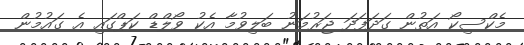
މެކްސިކޯ އަތުން ގަދަފަދަ ޖަރުމަނު ބަލިވުމާ އެކު ވޯލްޑް ކަޕްގައި އެ ގައުމުން